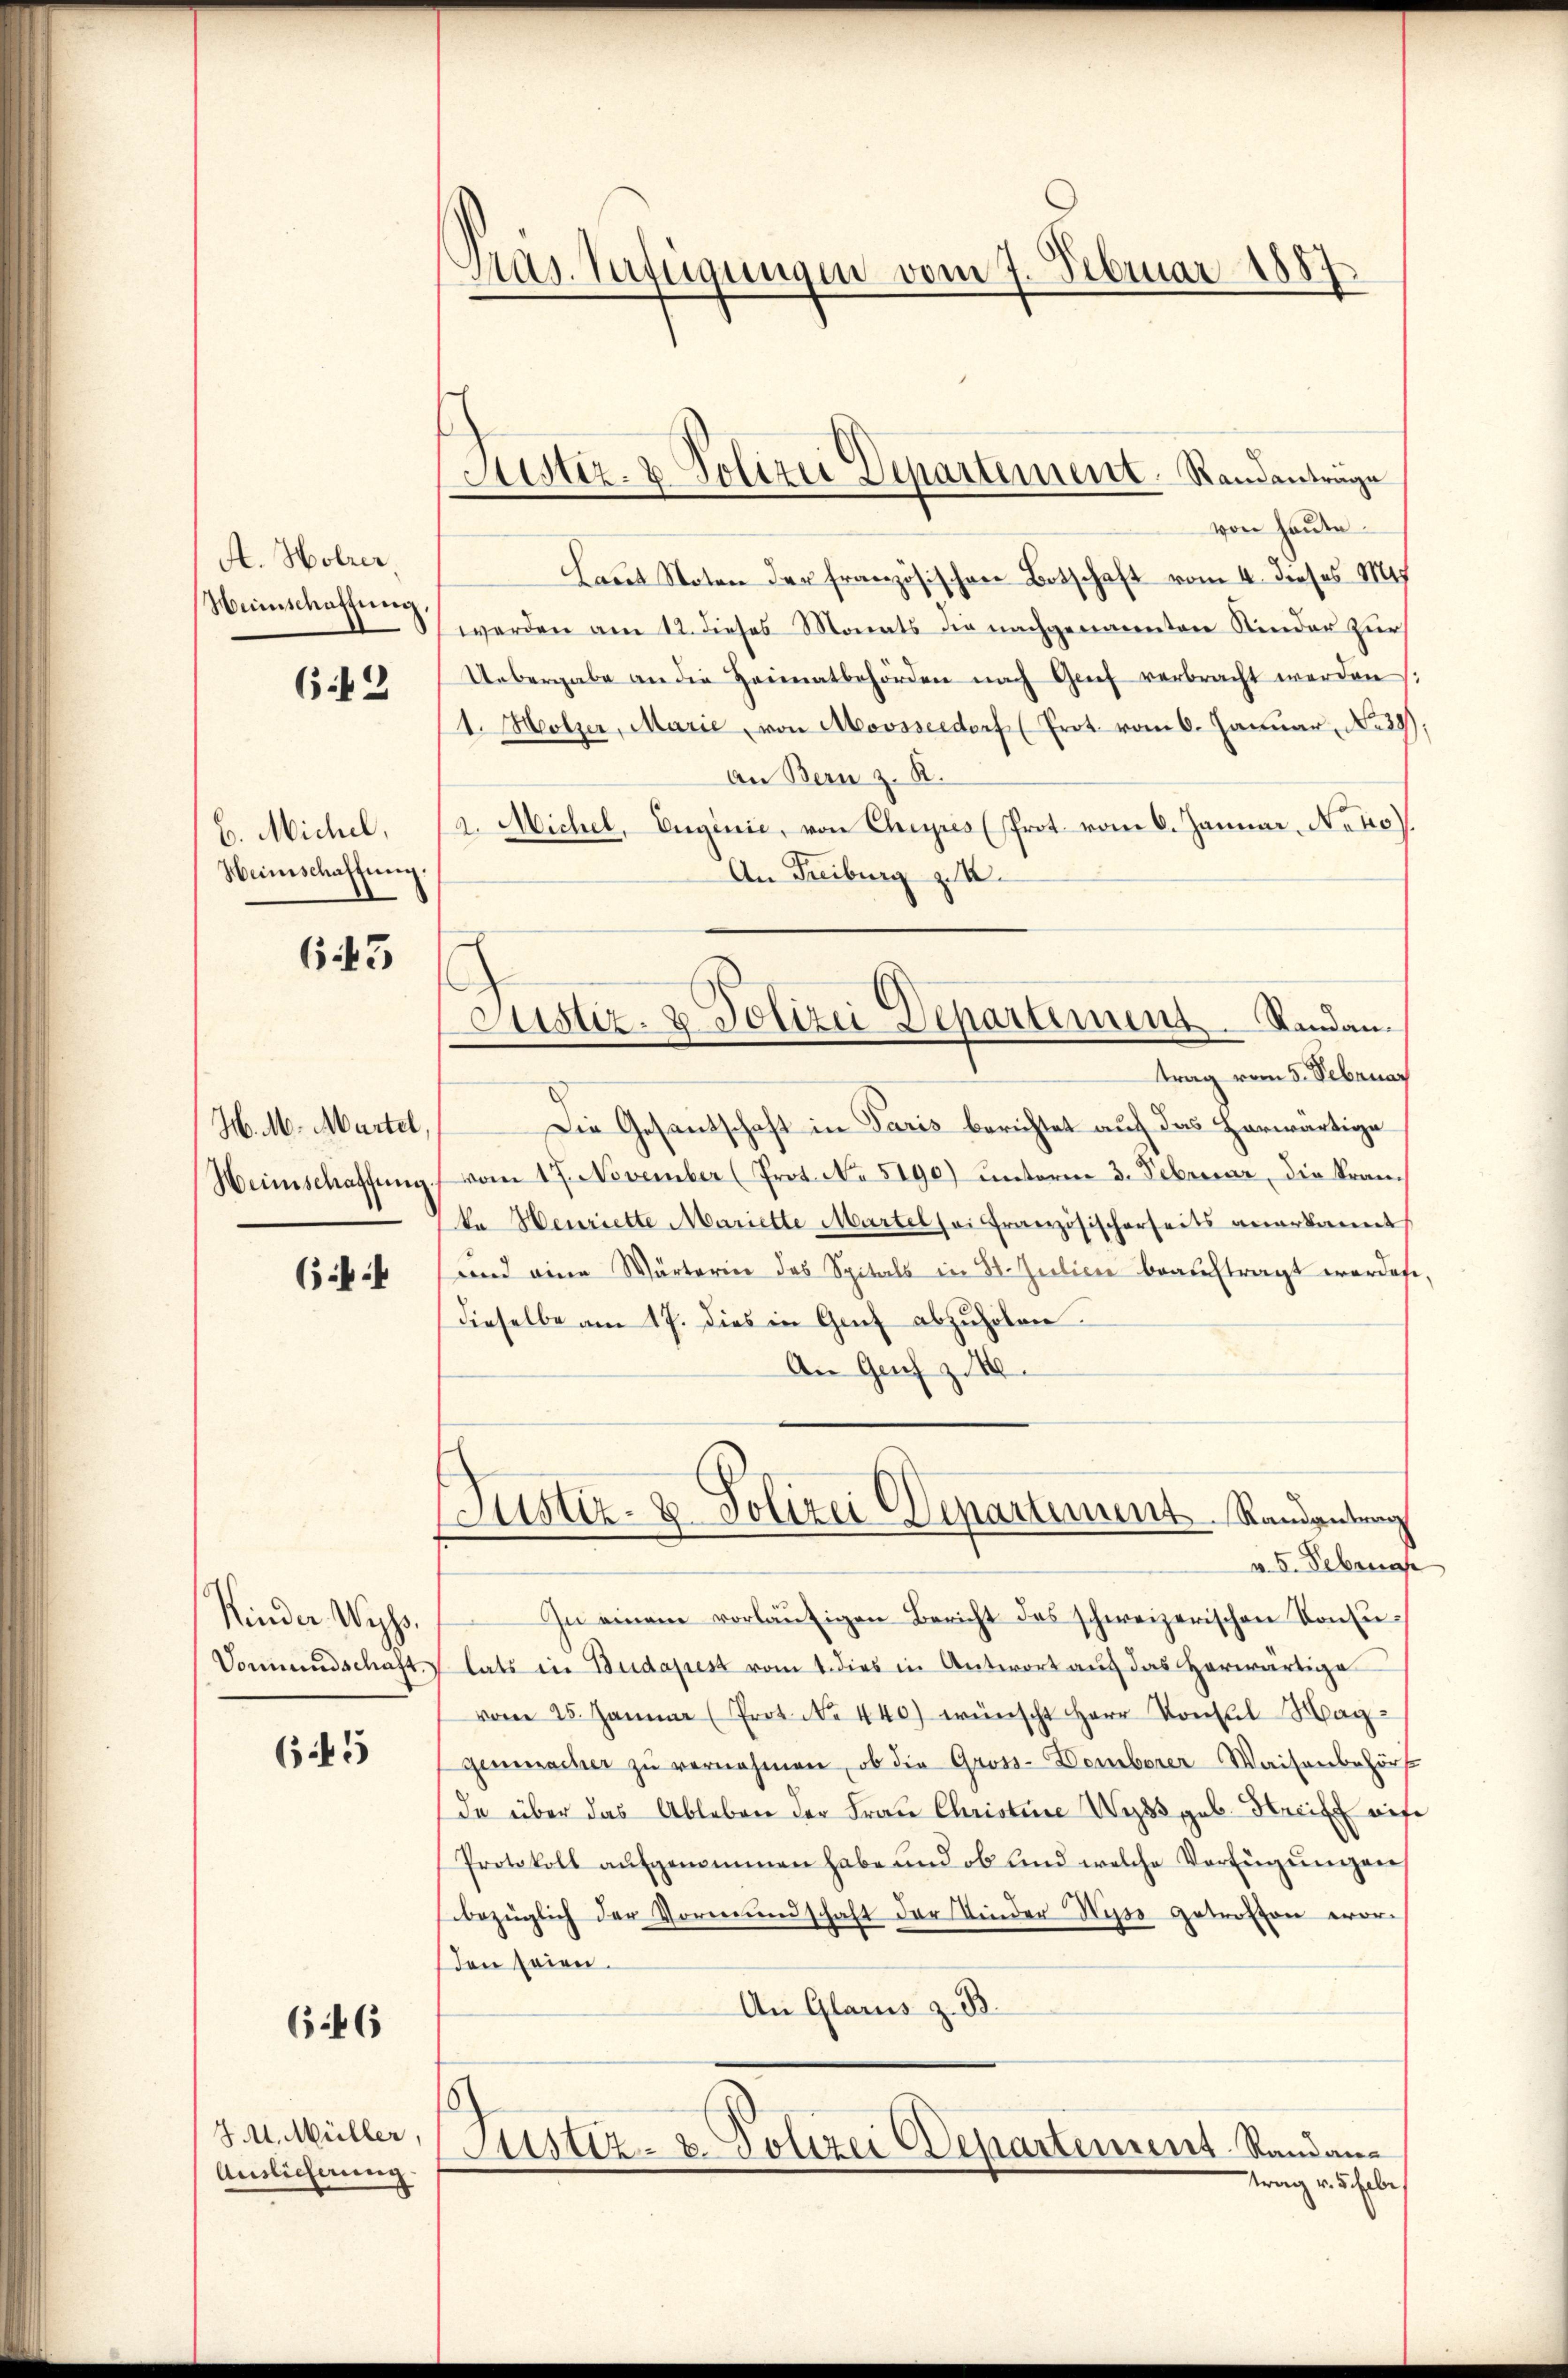
A. Holzer
Weinschaffung
642

C. Michel,
Heimschaffung.

643

H. M. Martel,
Heimschaffung

6:4

Kinder Wyss.
Vormundschaft

645

646

J. M. Müller.
Auslieferung

Pas. Verfügungen vom 7. Februar 1887

Sistiz- & Polizei Departement. Randantrage

Justiz- & Polizei Departement Rinden.

von heute.
Laut Noten der französischen Botschaft vom 4. dieses M
werden am 12. dieses Monats die nachgenannten Kinder zur
Uebergabe an die Heimatbehörden nach Grif verbracht werden
1. Holzer, Marie, von Moosseedorf (Prot. vom 6. Januar, No. 29
An Bern z. R.
a. Michel, Enginie, von Cheyres (Prot. vom 6. Januar. Neko
An Freiburg z.
trag vom 5. Februar
Die Gesantschaft in Paris berichtet auf das herwärtige
vom 17. November (Prot. No 5190) unterm 3. Februar, die Kranka Henriette Mariette Martel sei Französischerseits anerkannt
und eine Wärterin das Spitals in St. Julien beauftragt worden.
dieselbe am 17. dies in Genf abzuholen.
An Genf z. 18.
Justiz- & Polizei Departement Randantrag
v. 5. Februa
In einem vorläŭfigen Bericht des schweizerischen Konsŭ-
lats in Budapest vom 1. dies in Antwort auf das herwärtige
vom 25. Januar (Prot. N. 440) wünscht Herr Konsul Maggenmacher zu vernehmen, ob die Gross-Demberer Waisenbehörs
de über das Ableben der Frau Christine Wyss geb. Streiff auf
Protokoll aufgenommen habe und ob und welche Verfügŭngen
bezüglich der Vormundschaft der Kinder Wisse getrosten evorden seien.
An Glarus z. B.
8
Justiz- & Polizei Departement Randan
trag v. 5. habe,